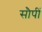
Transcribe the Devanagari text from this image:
सौपीं